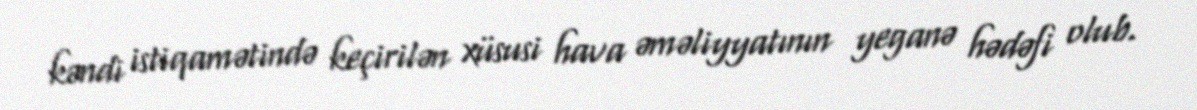
kəndi istiqamətində keçirilən xüsusi hava əməliyyatının yeganə hədəfi olub.